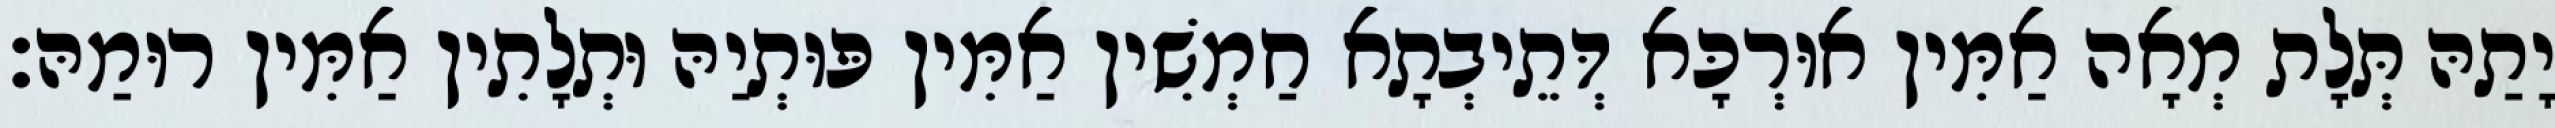
יָתַהּ תְּלָת מְאָה אַמִּין אוּרְכָּא דְּתֵיבְתָא חַמְשִׁין אַמִּין פּוּתְיַהּ וּתְלָתִין אַמִּין רוּמַהּ׃